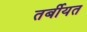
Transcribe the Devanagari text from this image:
तर्बीयत